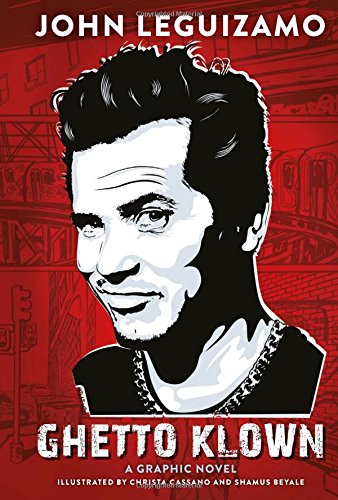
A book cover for Ghetto Klown; John Leguizamo; Comics & Graphic Novels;